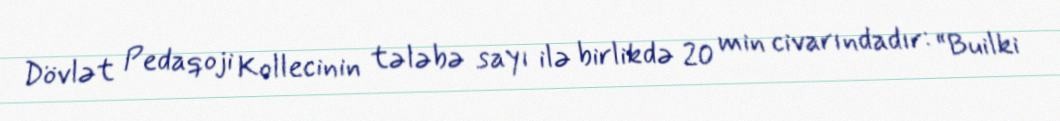
Dövlət Pedaqoji Kollecinin tələbə sayı ilə birlikdə 20 min civarındadır: “Builki